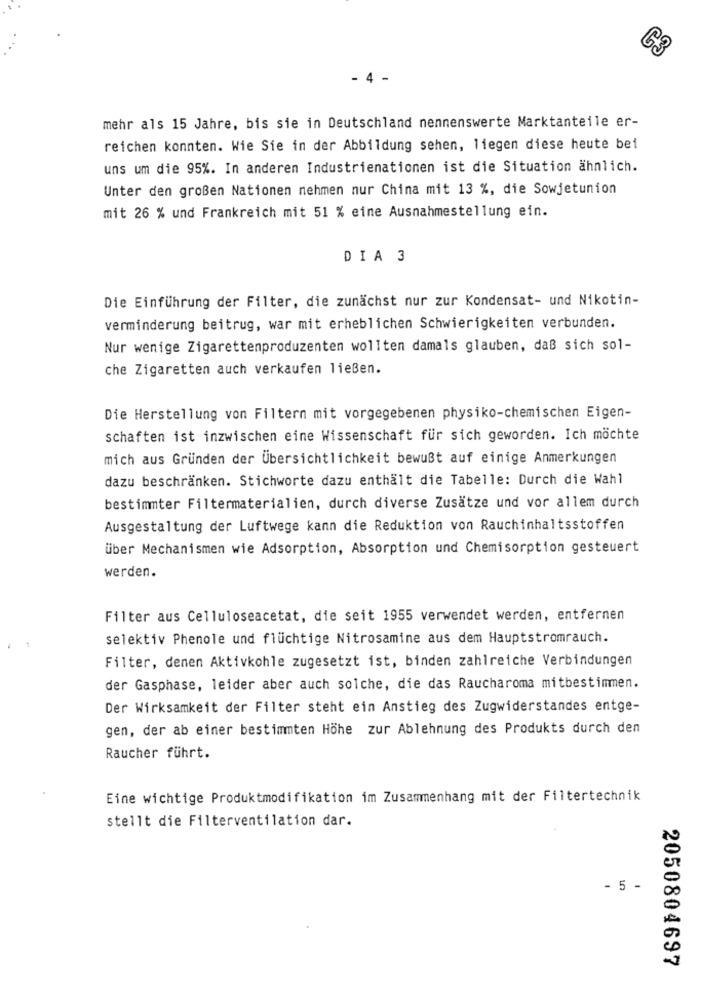
G3
- 4 -
mehr als 15 Jahre, bis sie in Deutschland nennenswerte Marktanteile er-
reichen konnten. Wie Sie in der Abbildung sehen, liegen diese heute bei
uns um die 95%. In anderen Industrienationen ist die Situation ähnlich.
Unter den großen Nationen nehmen nur China mit 13 %, die Sowjetunion
mit 26 % und Frankreich mit 51 % eine Ausnahmestellung ein.
DIA 3
Die Einführung der Filter, die zunächst nur zur Kondensat- und Nikotin-
verminderung beitrug, war mit erheblichen Schwierigkeiten verbunden.
Nur wenige Zigarettenproduzenten wollten damals glauben, daß sich sol-
che Zigaretten auch verkaufen ließen.
Die Herstellung von Filtern mit vorgegebenen physiko-chemischen Eigen-
schaften ist inzwischen eine Wissenschaft für sich geworden. Ich möchte
mich aus Gründen der Übersichtlichkeit bewußt auf einige Anmerkungen
dazu beschränken. Stichworte dazu enthält die Tabelle: Durch die Wahl
bestimmter Filtermaterialien, durch diverse Zusätze und vor allem durch
Ausgestaltung der Luftwege kann die Reduktion von Rauchinhaltsstoffen
über Mechanismen wie Adsorption, Absorption und Chemisorption gesteuert
werden.
Filter aus Celluloseacetat, die seit 1955 verwendet werden, entfernen
selektiv Phenole und flüchtige Nitrosamine aus dem Hauptstromrauch.
Filter, denen Aktivkohle zugesetzt ist, binden zahlreiche Verbindungen
der Gasphase, leider aber auch solche, die das Raucharoma mitbestimmen.
Der Wirksamkeit der Filter steht ein Anstieg des Zugwiderstandes entge-
gen, der ab einer bestimmten Höhe zur Ablehnung des Produkts durch den
Raucher führt.
Eine wichtige Produktmodifikation im Zusammenhang mit der Filtertechnik
stellt die Filterventilation dar.
- 5 -
2050804697